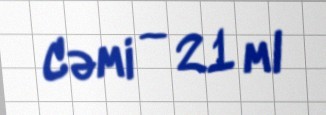
Cəmi — 21 ml